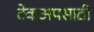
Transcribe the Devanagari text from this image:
टेकअपसाठी